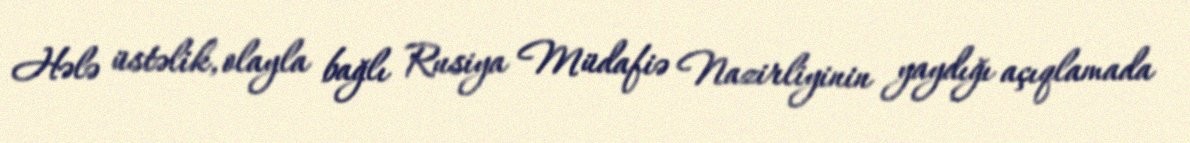
Hələ üstəlik, olayla bağlı Rusiya Müdafiə Nazirliyinin yaydığı açıqlamada